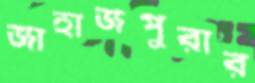
জাহাজপুরার